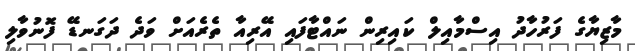
މާޒިޔާގެ ފަރުހާދު އިސްމާއިލް ކައިރިން ނައްޓާފައި އޭރިއާ ތެރެއަށް ވަދެ ދަގަނޑޭ ފޮނުވާލި